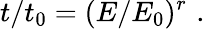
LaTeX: t/t_{0}=(E/E_{0})^{r}\, \, .